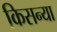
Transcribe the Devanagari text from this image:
किसन्या